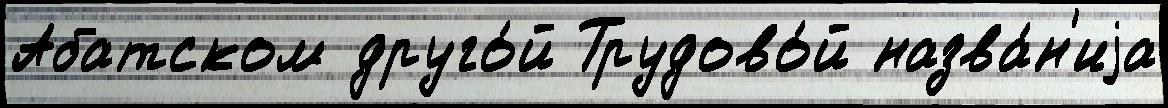
Абатском друго́й Трудово́й назва́н'иjа